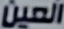
العين